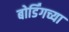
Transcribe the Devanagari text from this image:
बोर्डिंगच्या